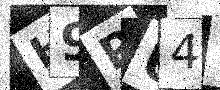
Text: H9PU4G